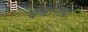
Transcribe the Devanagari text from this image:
क्श्रेणियो